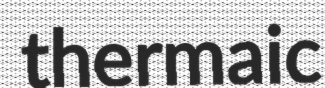
thermaic